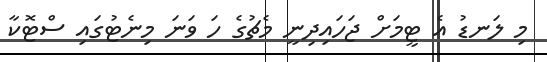
މި ލަނޑު އެ ޓީމަށް ޖަހައިދިނީ މެޗުގެ ހަ ވަނަ މިނެޓުގައި ސްޓޮކާ